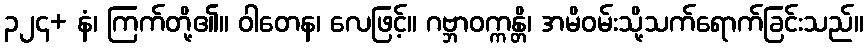
၃၂၄+ နံ၊ ကြက်တို့၏။ ဝါတေန၊ လေဖြင့်။ ဂဗ္ဘာဝက္ကန္တိ၊ အမိဝမ်းသို့သက်ရောက်ခြင်းသည်။